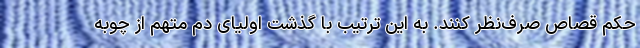
حکم قصاص صرف‌نظر کنند. به این ترتیب با گذشت اولیای دم متهم از چوبه